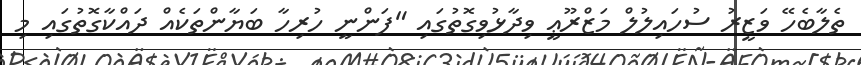
ތެލާބެހޭ ވަޒީރު ސުހައިލުލް މަޒްރޫޢީ ވިދާޅުވިގޮތުގައި "ފަންނީ ހުރިހާ ބަޔާންތަކެއް ދައްކާގޮތުގައި މި